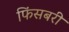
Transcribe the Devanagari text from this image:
फिंसबरी